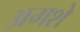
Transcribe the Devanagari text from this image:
अगशे